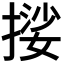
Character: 𭢃